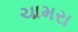
ચામરા